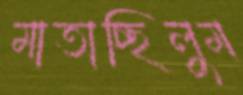
মাতাচ্ছিলুম